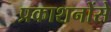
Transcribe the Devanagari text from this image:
प्रकाशनोंसे